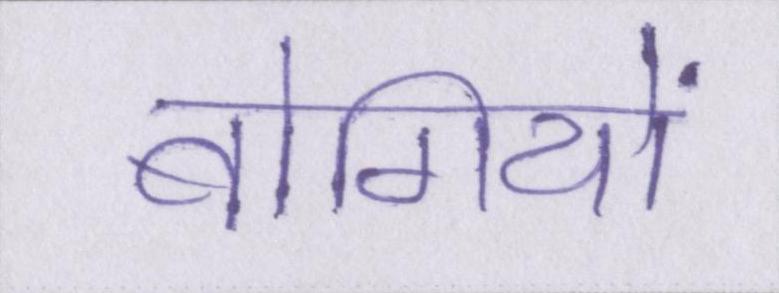
बोगियों